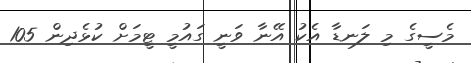
މެސީގެ މި ލަނޑާ އެކު އޭނާ ވަނީ ގައުމީ ޓީމަށް ކުޅެދިން 105